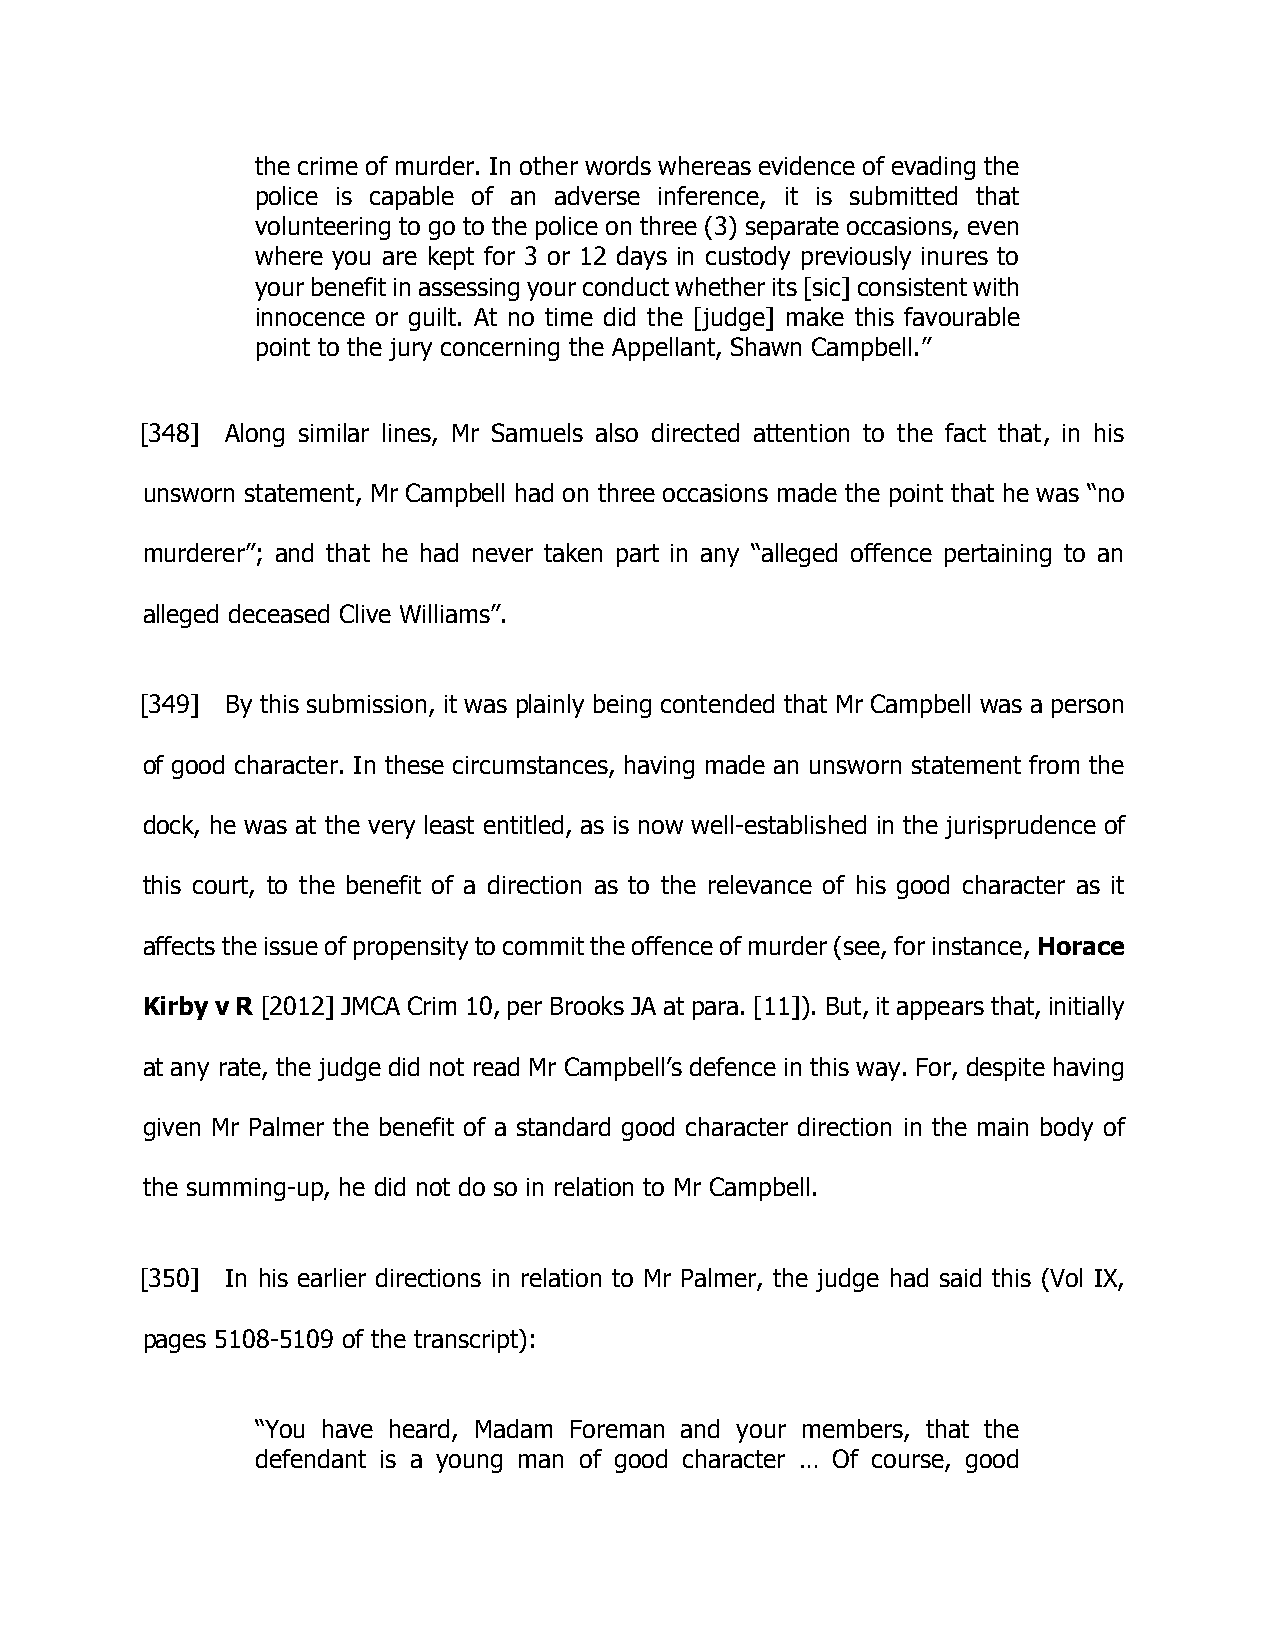
the crime of murder. In other words whereas evidence of evading the
 police is capable of an adverse inference, it is submitted that
 volunteering to go to the police on three (3) separate occasions, even
 where you are kept for 3 or 12 days in custody previously inures to
 your benefit in assessing your conduct whether its [sic] consistent with
 innocence or guilt. At no time did the [judge] make this favourable
 point to the jury concerning the Appellant, Shawn Campbell.”
 [348] Along similar lines, Mr Samuels also directed attention to the fact that, in his
 unsworn statement, Mr Campbell had on three occasions made the point that he was “no
 murderer”; and that he had never taken part in any “alleged offence pertaining to an
 alleged deceased Clive Williams”.
 [349] By this submission, it was plainly being contended that Mr Campbell was a person
 of good character. In these circumstances, having made an unsworn statement from the
 dock, he was at the very least entitled, as is now well-established in the jurisprudence of
 this court, to the benefit of a direction as to the relevance of his good character as it
 affects the issue of propensity to commit the offence of murder (see, for instance, Horace
 Kirby v R [2012] JMCA Crim 10, per Brooks JA at para. [11]). But, it appears that, initially
 at any rate, the judge did not read Mr Campbell’s defence in this way. For, despite having
 given Mr Palmer the benefit of a standard good character direction in the main body of
 the summing-up, he did not do so in relation to Mr Campbell.
 [350] In his earlier directions in relation to Mr Palmer, the judge had said this (Vol IX,
 pages 5108-5109 of the transcript):
 “You have heard, Madam Foreman and your members, that the
 defendant is a young man of good character … Of course, good